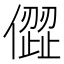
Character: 㒊